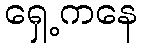
ရှေ့ကနေ